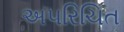
અ૫રિચિત